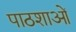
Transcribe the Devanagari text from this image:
पाठशाओं